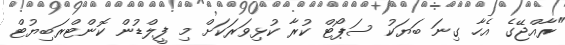
"ރާއްޖޭގެ އެހާ ގިނަ ބަޔަކު ސަޕޯޓް ކުރާ ކުޅިވަރަކަށް މި ފީލްޑުން ކޮންޓްރަބިޔުޓް